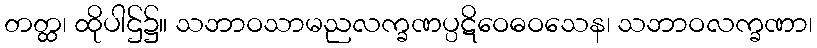
တတ္ထ၊ ထိုပါဌ်၌။ သဘာဝသာမညလက္ခဏပ္ပဋိဝေဓဝသေန၊ သဘာဝလက္ခဏာ၊